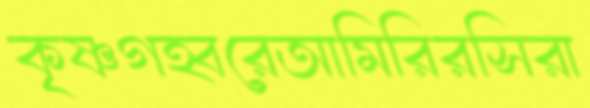
কৃষ্ণগহ্বরেআমিরিরসিরা